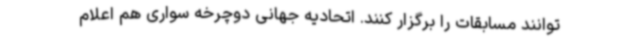
توانند مسابقات را برگزار کنند. اتحادیه جهانی دوچرخه سواری هم اعلام